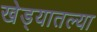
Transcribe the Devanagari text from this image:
खेड्यातल्या